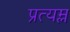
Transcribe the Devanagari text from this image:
प्रत्यम्ल